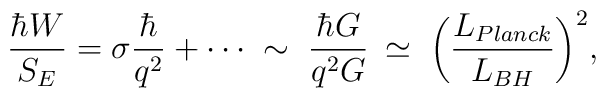
\frac{\hbar W}{S_E}= \sigma\frac{\hbar}{ q^2}+\cdots\;\sim\;\frac{\hbar G}{q^2 G}\:\simeq\;\biggl( \frac{L_{Planck}}{L_{BH}}\biggr)^2,